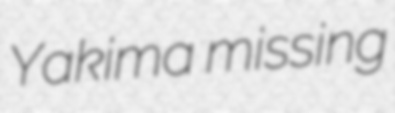
Yakima missing